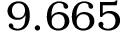
9 . 6 6 5